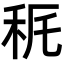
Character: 𥝾